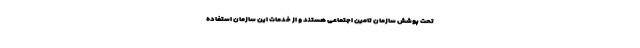
تحت پوشش سازمان تامین اجتماعی هستند و از خدمات این سازمان استفاده